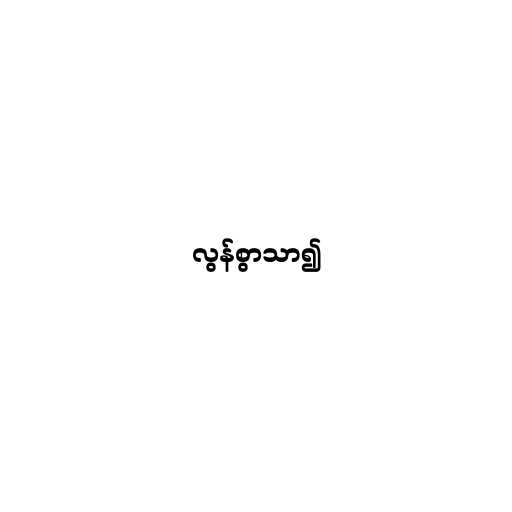
လွန်စွာသာ၍